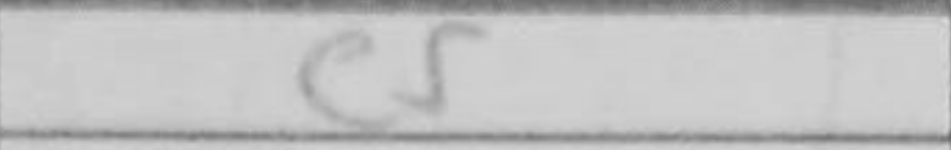
Transcription: e5